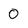
Character: 0